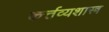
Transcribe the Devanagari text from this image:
कर्त्तव्यशास्त्र